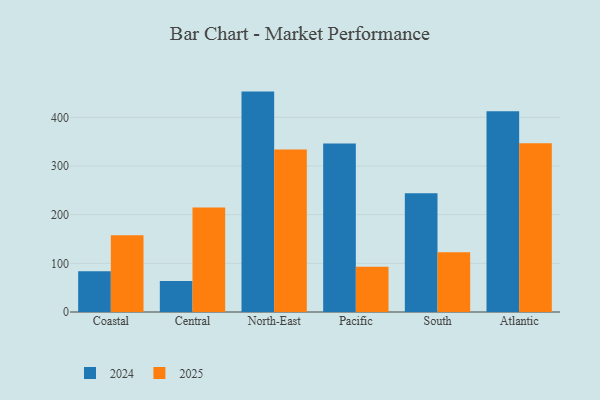
{"axis": {"x": "Region", "y": "Energy Usage (MWh)"}, "legend": ["2024", "2025"], "data": [{"x": "Coastal", "y": 83.8, "type": "2024"}, {"x": "Coastal", "y": 157.5, "type": "2025"}, {"x": "Central", "y": 63.6, "type": "2024"}, {"x": "Central", "y": 214.6, "type": "2025"}, {"x": "North-East", "y": 452.9, "type": "2024"}, {"x": "North-East", "y": 334.1, "type": "2025"}, {"x": "Pacific", "y": 346.4, "type": "2024"}, {"x": "Pacific", "y": 93.0, "type": "2025"}, {"x": "South", "y": 244.1, "type": "2024"}, {"x": "South", "y": 122.6, "type": "2025"}, {"x": "Atlantic", "y": 412.4, "type": "2024"}, {"x": "Atlantic", "y": 346.8, "type": "2025"}]}